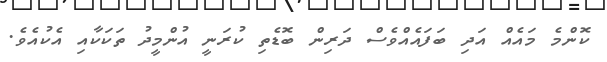
ކޮންމެ މައެއް އަދި ބަފައެއްވެސް ދަރިން ބޮޑެތި ކުރަނީ އުންމީދު ތަކަކާއި އެކުއެވެ.